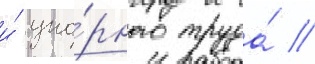
и́ упо́рного труда́ //